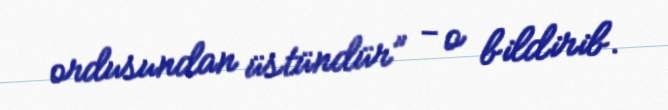
ordusundan üstündür” - o bildirib.